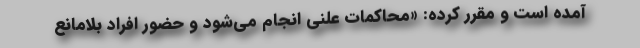
آمده است و مقرر کرده: «محاکمات علنی انجام می‌شود و حضور افراد بلامانع